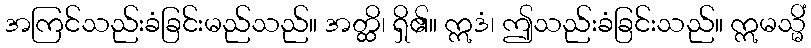
အကြင်သည်းခံခြင်းမည်သည်။ အတ္ထိ၊ ရှိ၏။ ဣဒံ၊ ဤသည်းခံခြင်းသည်။ ဣမသ္မိံ